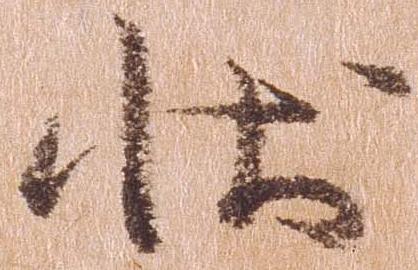
状